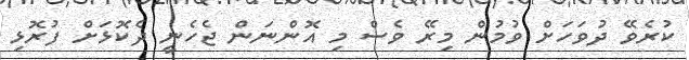
ކުރެވޭ ދުވަހަށް ވުމުން މިރޭ ވެސް މި އޮންނަން ޖެހެނީ ދެކޮޅަށް ފުރޮޅި